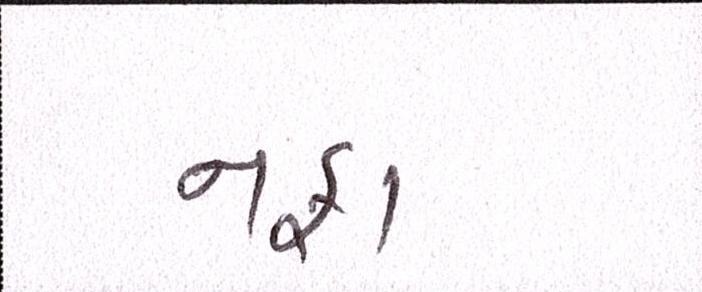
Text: નફા